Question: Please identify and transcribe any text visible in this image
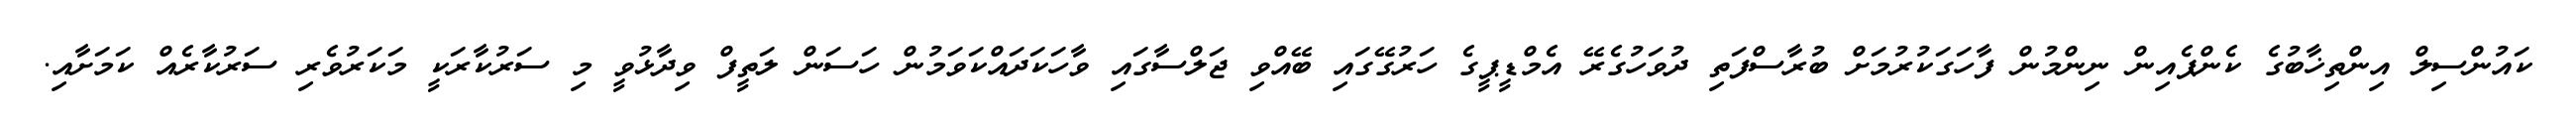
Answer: ކައުންސިލް އިންތިޚާބުގެ ކެންޕެއިން ނިންމުން ފާހަގަކުރުމަށް ބުރާސްފަތި ދުވަހުގެރޭ އެމްޑީޕީގެ ހަރުގޭގައި ބޭއްވި ޖަލްސާގައި ވާހަކަދައްކަވަމުން ހަސަން ލަތީފް ވިދާޅުވީ މި ސަރުކާރަކީ މަކަރުވެރި ސަރުކާރެއް ކަމަށާއި.